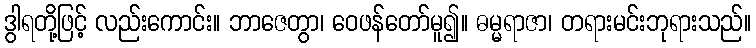
ဒွါရတို့ဖြင့် လည်းကောင်း။ ဘာဇေတွာ၊ ဝေဖန်တော်မူ၍။ ဓမ္မရာဇာ၊ တရားမင်းဘုရားသည်။